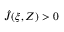
\hat { J } ( \xi , Z ) > 0